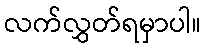
လက်လွှတ်ရမှာပါ။